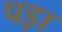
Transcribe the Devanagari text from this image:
पड़़ा